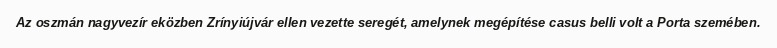
Az oszmán nagyvezír eközben Zrínyiújvár ellen vezette seregét, amelynek megépítése casus belli volt a Porta szemében.